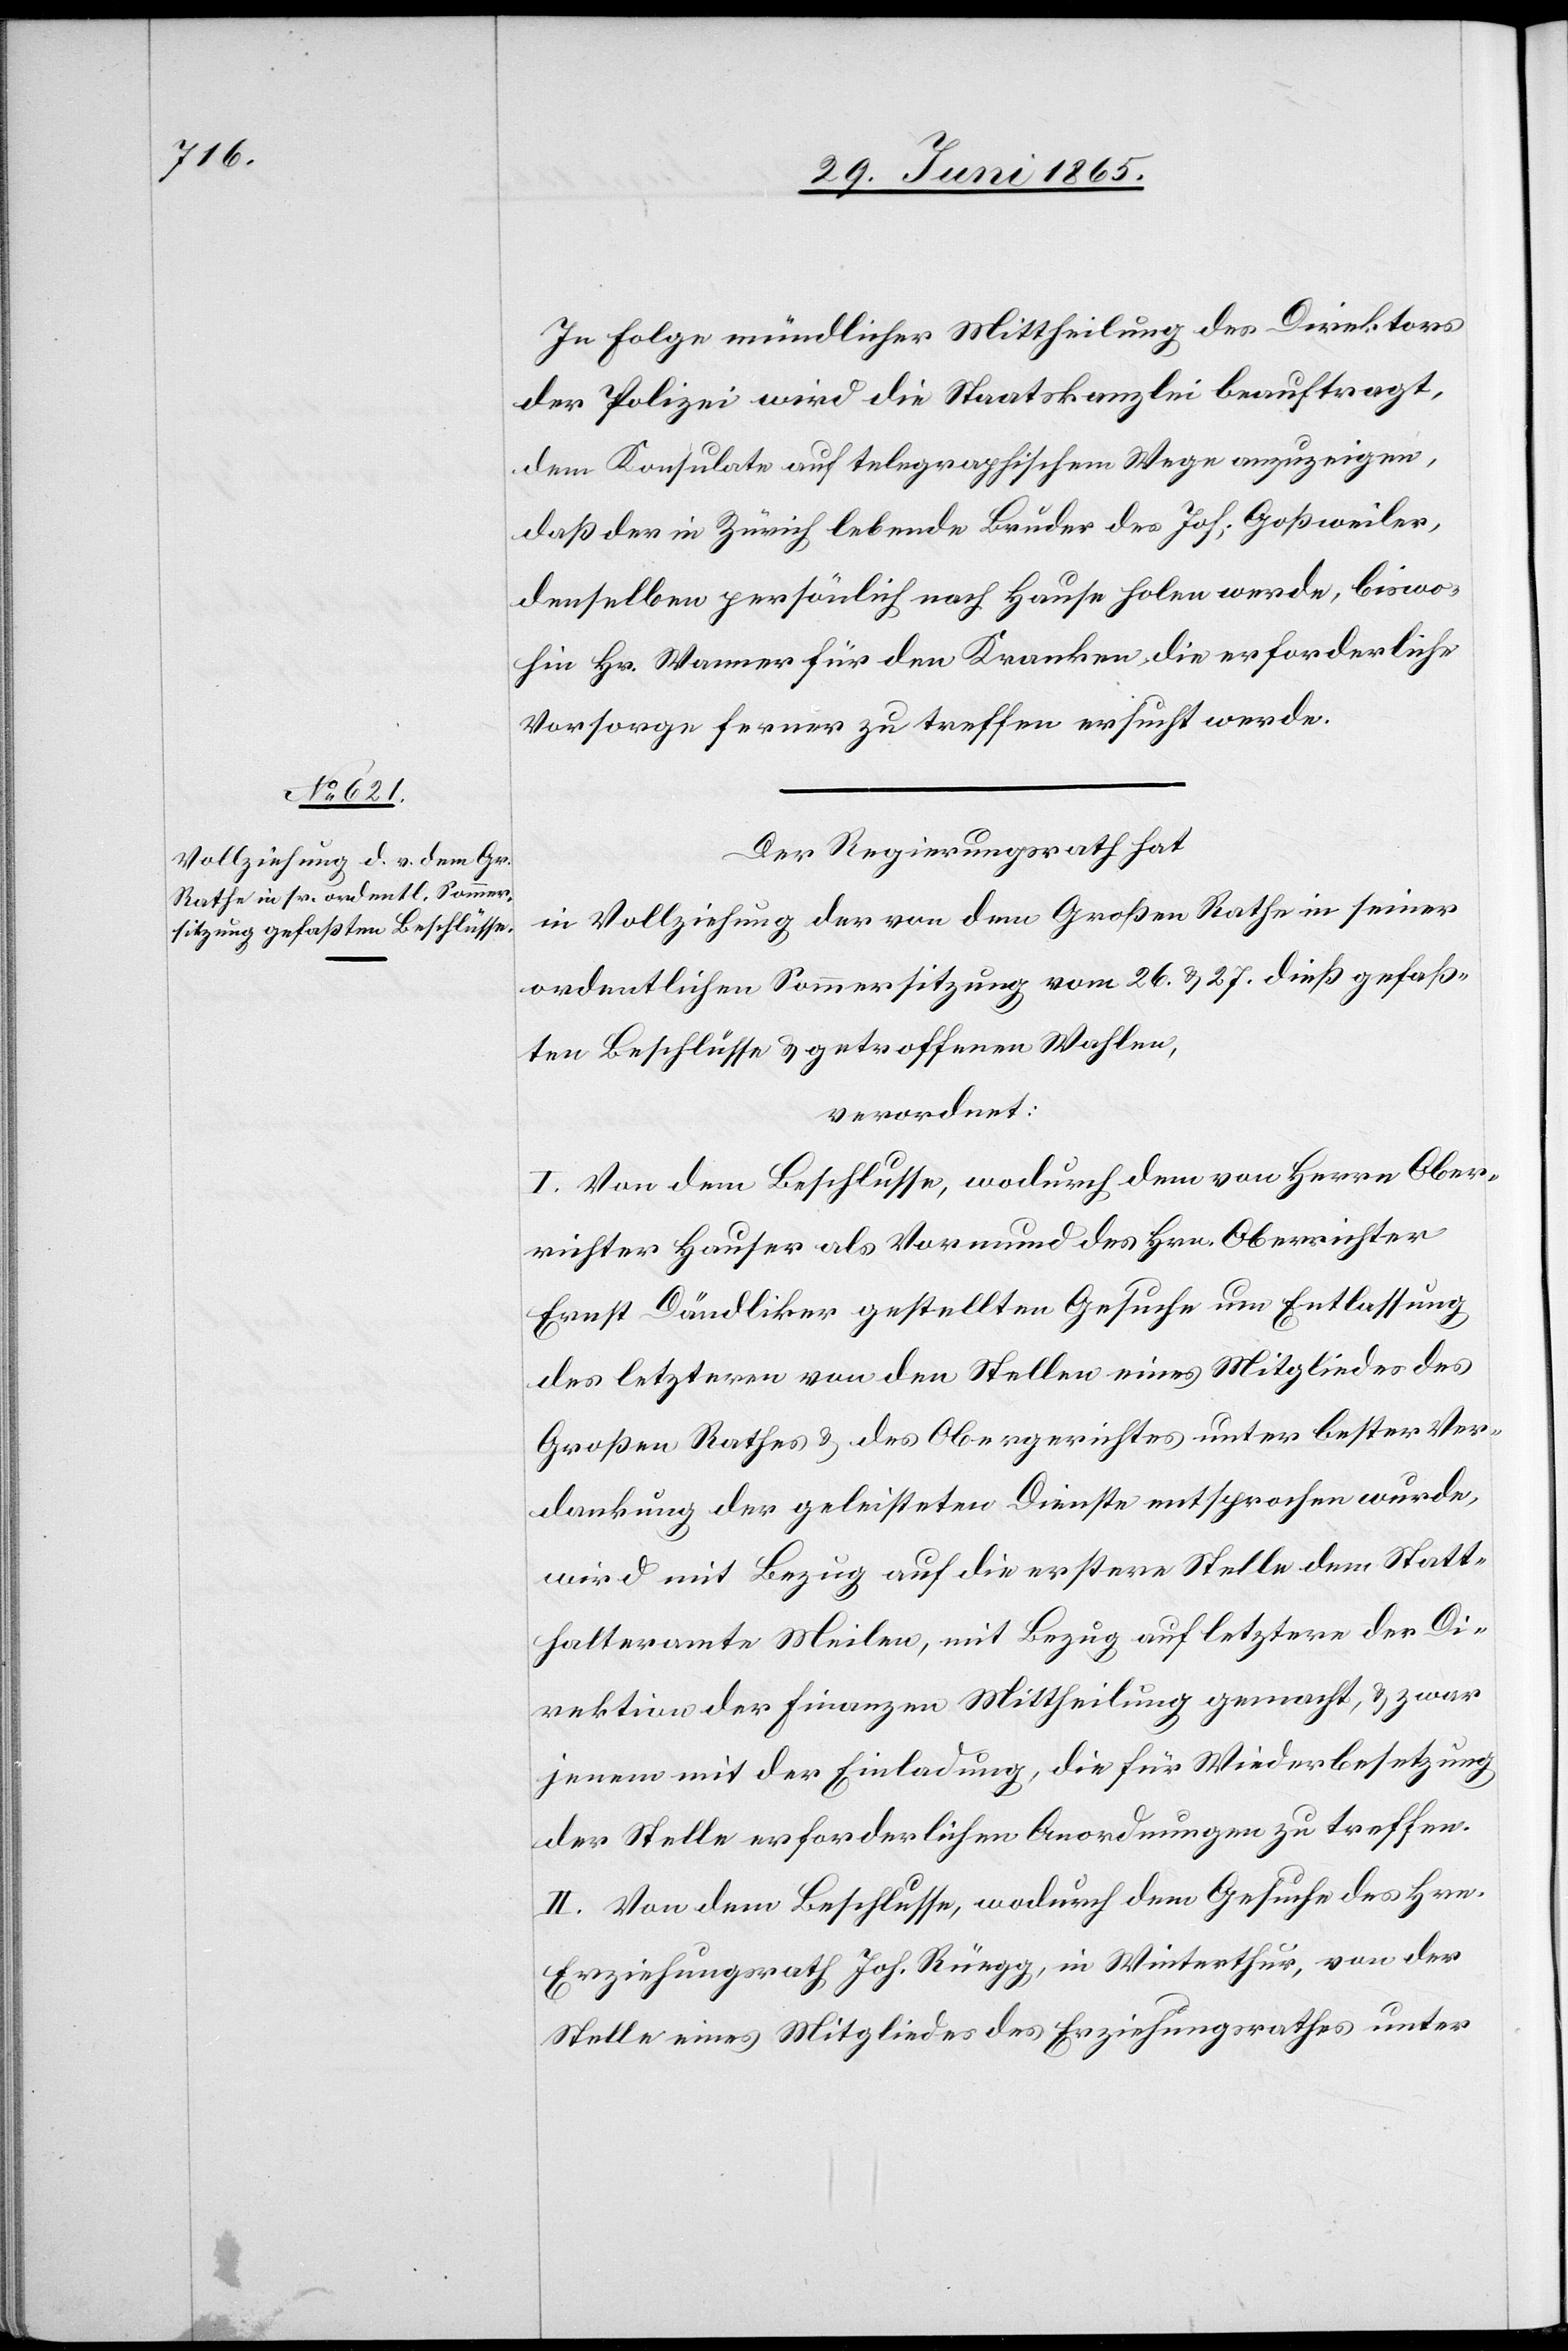
In Folge mündlicher Mittheilung des Direktors
der Polizei wird die Staatskanzlei beauftragt,
dem Konsulate auf telegraphischem Wege anzuzeigen,
daß der in Zürich lebende Bruder des Joh. Goßweiler,
denselben persönlich nach Hause holen werde, biswo¬
hin Hr. Wanner für den Kranken, die erforderliche
Vorsorge ferner zu treffen ersucht werde.
Der Regierungsrath hat
in Vollziehung der von dem Großen Rathe in seiner
ordentlichen Sommersitzung vom 26. & 27. dieß gefaß¬
ten Beschlüsse & getroffenen Wahlen,
verordnet:
I. Von dem Beschlusse, wodurch dem von Herrn Ober¬
richter Hauser als Vormund des Hrn. Oberrichter
Ernst Dändliker gestellten Gesuche um Entlassung
des letzteren von den Stellen eines Mitgliedes des
Großen Rathes & des Obergerichtes unter bester Ver¬
dankung der geleisteten Dienste entsprochen wurde,
wird mit Bezug auf die erstere Stelle dem Statt¬
halteramte Meilen, mit Bezug auf letztere der Di¬
rektion der Finanzen Mittheilung gemacht, & zwar
jenem mit der Einladung, die für Wiederbesetzung
der Stelle erforderlichen Anordnungen zu treffen.
II. Von dem Beschlusse, wodurch dem Gesuche des Hrn.
Erziehungsrath Joh. Rüegg, in Winterthur, von der
Stelle eines Mitgliedes des Erziehungsrathes unter